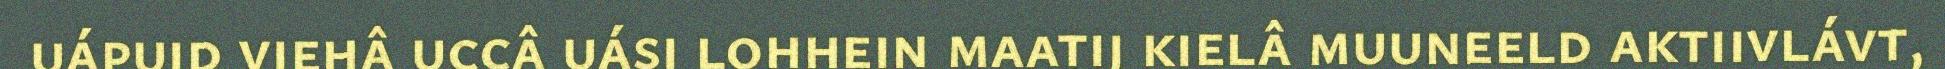
uápuid viehâ uccâ uási lohhein maatij kielâ muuneeld aktiivlávt,